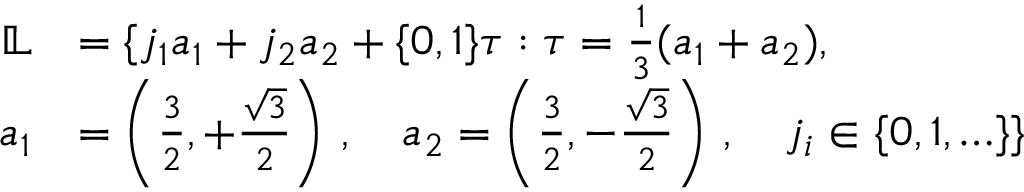
\begin{array} { r l } { \mathbb { L } } & { = \{ j _ { 1 } a _ { 1 } + j _ { 2 } a _ { 2 } + \{ 0 , 1 \} \tau : \tau = \frac { 1 } { 3 } ( a _ { 1 } + a _ { 2 } ) , } \\ { a _ { 1 } } & { = \left( \frac { 3 } { 2 } , + \frac { \sqrt { 3 } } { 2 } \right) \, , \quad a _ { 2 } = \left( \frac { 3 } { 2 } , - \frac { \sqrt { 3 } } { 2 } \right) \, , \quad j _ { i } \in \{ 0 , 1 , \ldots \} \} } \end{array}